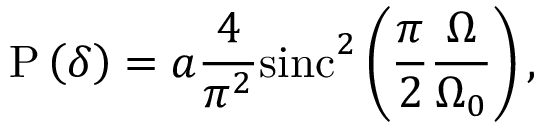
\mathrm { P } \left( \delta \right) = a \frac { 4 } { \pi ^ { 2 } } \mathrm { s i n c } ^ { 2 } \left( \frac { \pi } { 2 } \frac { \Omega } { \Omega _ { 0 } } \right) ,